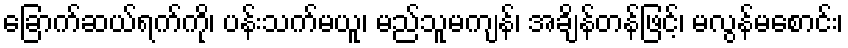
ခြောက်ဆယ်ရက်ကို၊ ပန်းသက်မယူ၊ မည်သူမကျန်၊ အချိန်တန်ဖြင့်၊ မလွန်မစောင်း၊